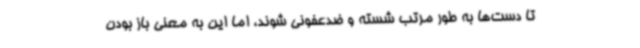
تا دست‌ها به طور مرتب شسته و ضدعفونی شوند، اما این به معنی باز بودن